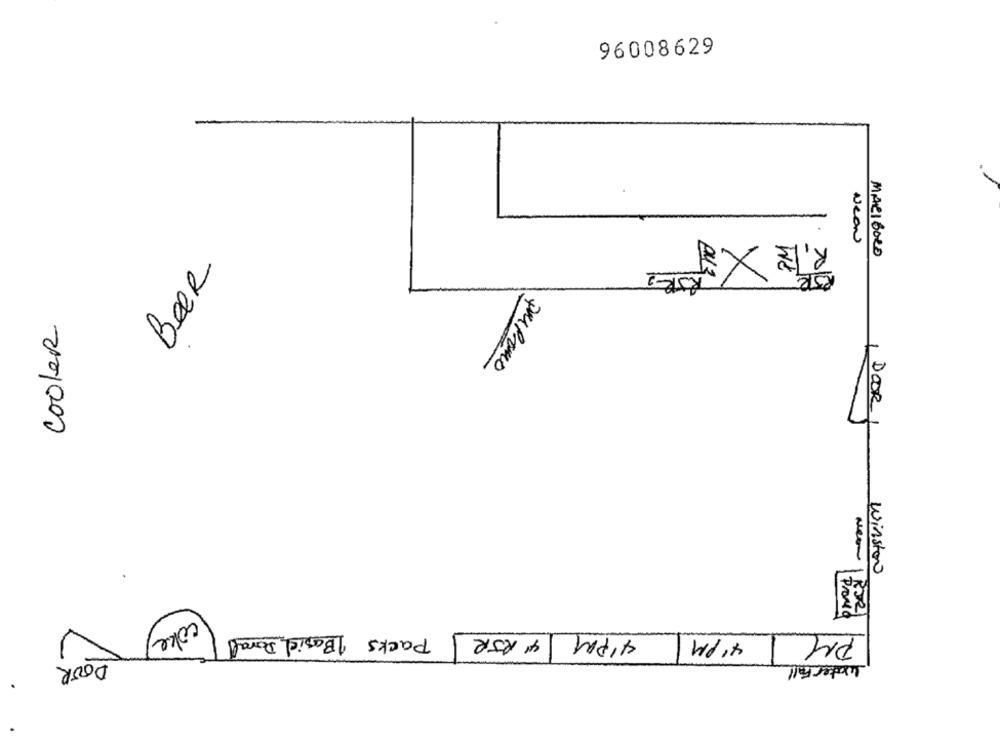
96008629
R , LE XST
Neon
MARIBORD
Beer
ROR1
WE
Cooler
PRIPOMO
DOOR
Winston
Packs 1 Basis, Doral
41 PM\ ' RJR
41 PM
PM
coke
DOOR
Water Fall